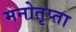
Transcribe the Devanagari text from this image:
मनोतृप्ता